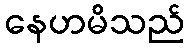
နေဟမိသည်